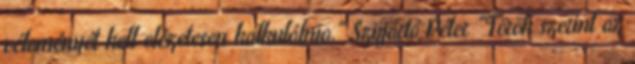
véleményét kell előzetesen kalkulálnia." Szijjártó Péter "Török szerint az